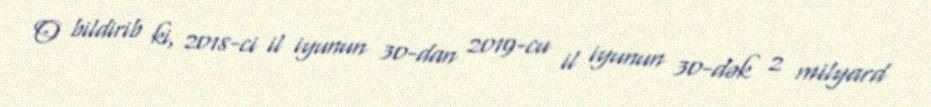
O bildirib ki, 2018-ci il iyunun 30-dan 2019-cu il iyunun 30-dək 2 milyard